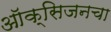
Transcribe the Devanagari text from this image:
ऑक्‍सिजनचा